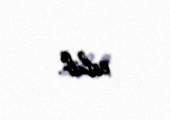
edib.